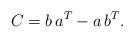
LaTeX: \begin{align*}C=b\, a\sp{T}- a\, b\sp{T}.\end{align*}